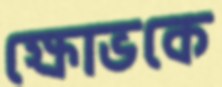
ক্ষোভকে